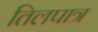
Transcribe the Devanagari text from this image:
तिलपात्र